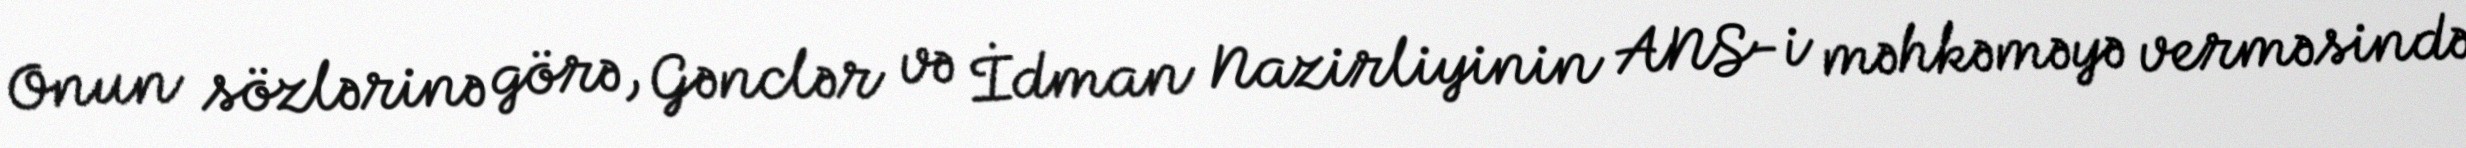
Onun sözlərinə görə, Gənclər və İdman Nazirliyinin ANS-i məhkəməyə verməsində